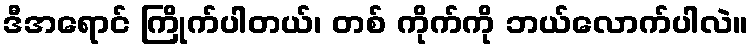
ဒီအရောင် ကြိုက်ပါတယ်၊ တစ် ကိုက်ကို ဘယ်လောက်ပါလဲ။